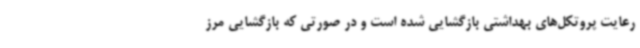
رعایت پروتکل‌های بهداشتی بازگشایی شده است و در صورتی که بازگشایی مرز